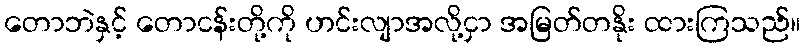
တောဘဲနှင့် တောငန်းတို့ကို ဟင်းလျာအလို့ငှာ အမြတ်တနိုး ထားကြသည်။